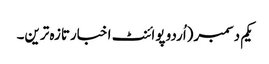
یکم دسمبر(اُردو پوائنٹ اخبارتازہ ترین۔